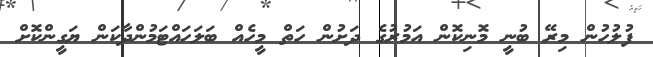
ފުލުހުން މިރޭ ބުނީ މޮނިކޮން އަމުރުގެ ދަށުން ހަތް މީހެއް ބަލަހައްޓަމުންދާކަން ޔަގީންކޮށް